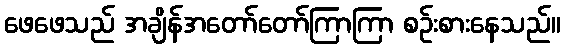
ဖေဖေသည် အချိန်အတော်တော်ကြာကြာ စဉ်းစားနေသည်။